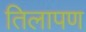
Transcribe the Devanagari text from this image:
तिलापण